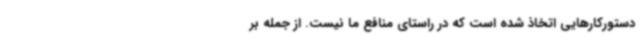
دستورکارهایی اتخاذ شده است که در راستای منافع ما نیست. از جمله بر